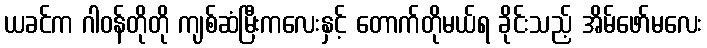
ယခင်က ဂါဝန်တိုတို ကျစ်ဆံမြီးကလေးနှင့် တောက်တိုမယ်ရ ခိုင်းသည့် အိမ်ဖော်မလေး